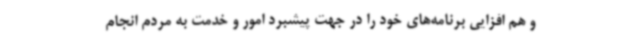
و هم افزایی برنامه‌های خود را در جهت پیشبرد امور و خدمت به مردم انجام